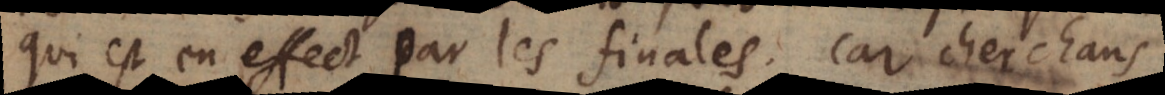
qui est en effect par les finales. Car cherchans